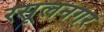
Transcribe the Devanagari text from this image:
रसूलनगर